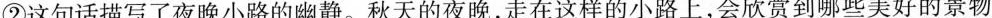
②这句话描写了夜晚小路的幽静。秋天的夜晚，走在这样的小路上，会欣赏到哪些美好的景物